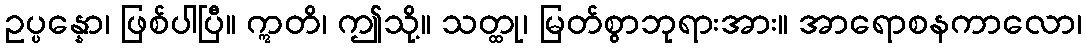
ဥပ္ပန္နော၊ ဖြစ်ပါပြီ။ ဣတိ၊ ဤသို့။ သတ္ထု၊ မြတ်စွာဘုရားအား။ အာရောစနကာလော၊